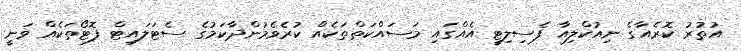
އުތުރު ކޮރެއާގެ ނިއުކްލިއާ ފެސިލިޓީ އެއްގައި މަސައްކަތްތަކެއް ކުރެވެމުންދާކަމުގެ ސެޓަލައިޓް ފޮޓޯތަކެއް ވަނީ